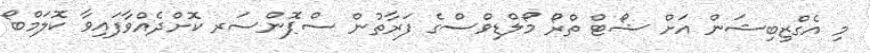
މި އެގްޒިބިޝަން އަށް ޝޯޓް ތްރޯ މޯލްޑިވްސްގެ ފަރާތުން ސްޕޮންސަރ ކޮށްދެއްވާފައިވާ ކޮލަމްބޯ